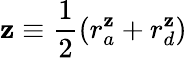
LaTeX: \mathbf{z}\equiv\frac{{1}}{{2}}(r_{a}^{\mathbf{z}}+r_{d}^{\mathbf{z}})